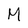
Character: M